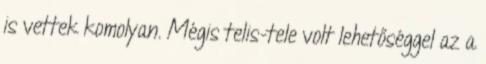
is vettek komolyan. Mégis telis-tele volt lehetőséggel az a